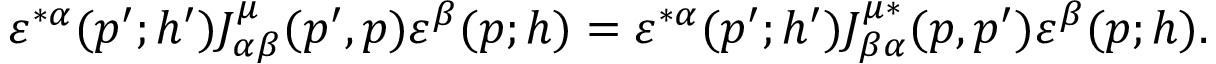
\varepsilon ^ { * \alpha } ( p ^ { \prime } ; h ^ { \prime } ) J _ { \alpha \beta } ^ { \mu } ( p ^ { \prime } , p ) \varepsilon ^ { \beta } ( p ; h ) = \varepsilon ^ { * \alpha } ( p ^ { \prime } ; h ^ { \prime } ) J _ { \beta \alpha } ^ { \mu * } ( p , p ^ { \prime } ) \varepsilon ^ { \beta } ( p ; h ) .